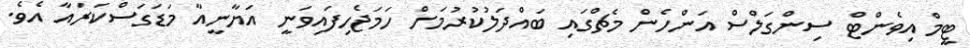
ޓީމް އިވެންޓް ސިންގަލްސް އަންހެން މެޗްގައި ބައްދަލުކުރުމަށް ހަމަޖެހިފައިވަނީ އަޔާނީއާ މަޑަގަސްކަރައާ އެވެ.